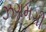
ઝગમગી